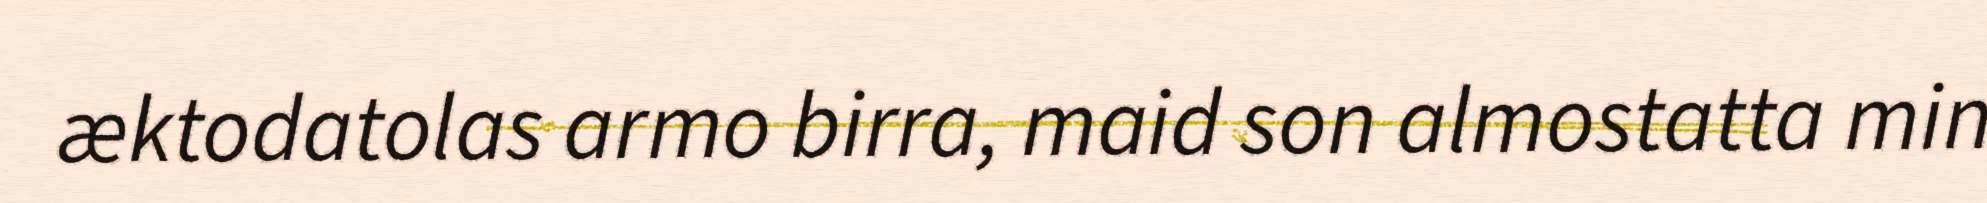
æktodatolas armo birra, maid son almostatta min